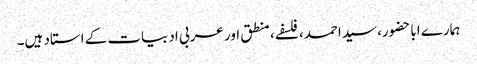
ہمارے اباحضور، سیداحمد، فلسفے، منطق اور عربی ادبیات کے استاد ہیں۔